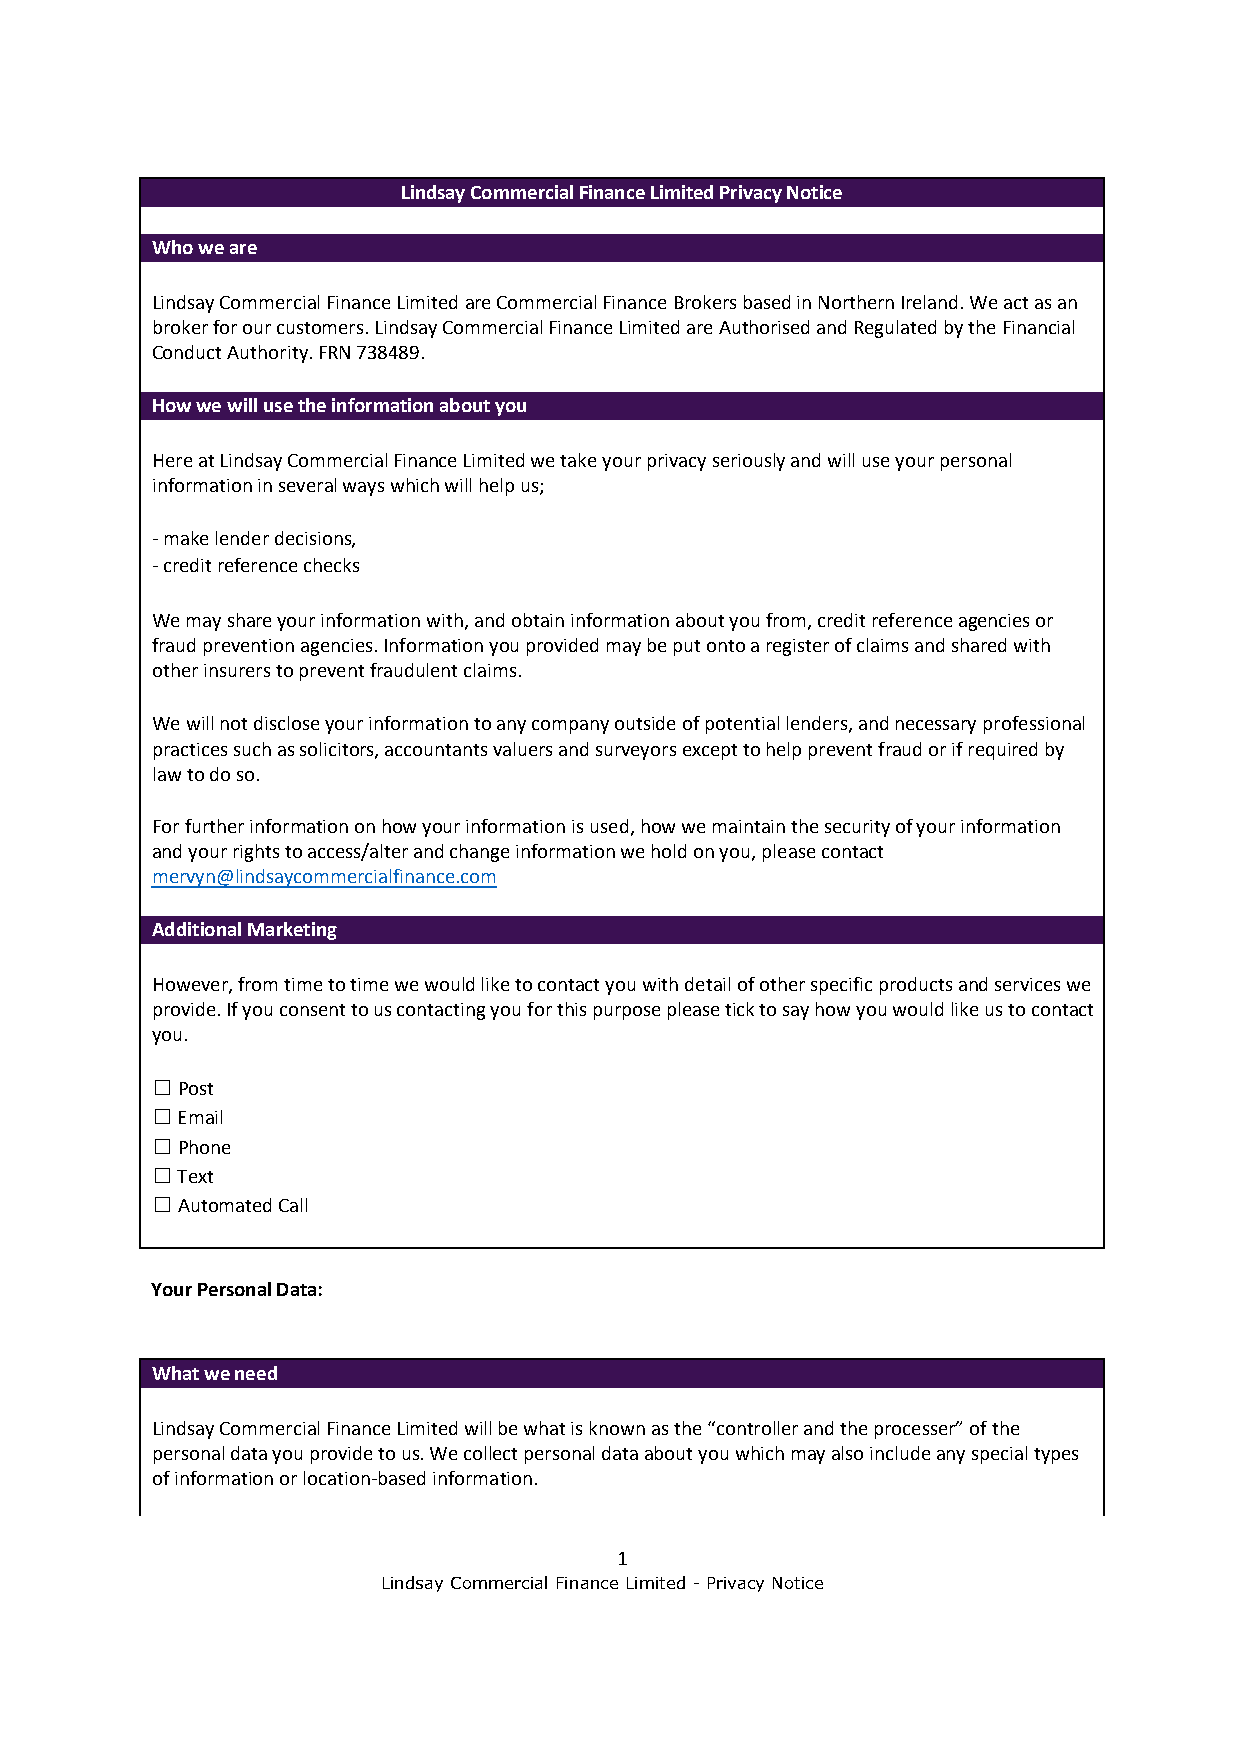
Lindsay Commercial Finance Limited Privacy Notice
 Who we are
 Lindsay Commercial Finance Limited are Commercial Finance Brokers based in Northern Ireland. We act as an
 broker for our customers. Lindsay Commercial Finance Limited are Authorised and Regulated by the Financial
 Conduct Authority. FRN 738489.
 How we will use the information about you
 Here at Lindsay Commercial Finance Limited we take your privacy seriously and will use your personal
 information in several ways which will help us;
 - make lender decisions,
 - credit reference checks
 We may share your information with, and obtain information about you from, credit reference agencies or
 fraud prevention agencies. Information you provided may be put onto a register of claims and shared with
 other insurers to prevent fraudulent claims.
 We will not disclose your information to any company outside of potential lenders, and necessary professional
 practices such as solicitors, accountants valuers and surveyors except to help prevent fraud or if required by
 law to do so.
 For further information on how your information is used, how we maintain the security of your information
 and your rights to access/alter and change information we hold on you, please contact
 mervyn@lindsaycommercialfinance.com
 Additional Marketing
 However, from time to time we would like to contact you with detail of other specific products and services we
 provide. If you consent to us contacting you for this purpose please tick to say how you would like us to contact
 you.
 ☐ Post
 ☐ Email
 ☐ Phone
 ☐ Text
 ☐ Automated Call
 Your Personal Data:
 What we need
 Lindsay Commercial Finance Limited will be what is known as the “controller and the processer” of the
 personal data you provide to us. We collect personal data about you which may also include any special types
 of information or location-based information.
 1
 Lindsay Commercial Finance Limited - Privacy Notice